Annual administration report of the Civil Veterinary Department of India - 1896-1897
Year: 1896
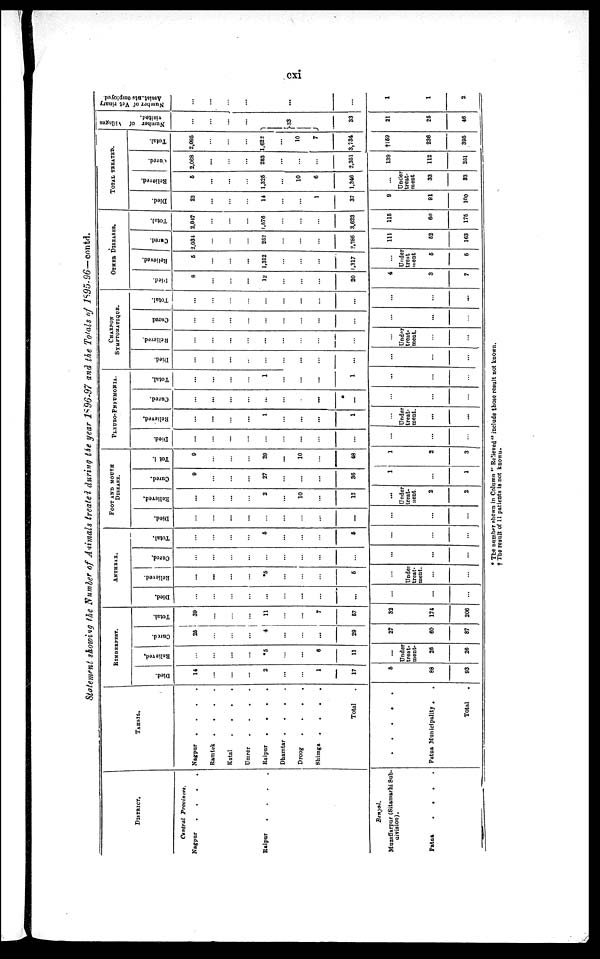
cxi
Statement showing the Number of Animals treated during the year 1896-97 and the Totals of 1895-96—contd.
DISTRICT.
Central
Provinces.
Nagpur
.
.
.
.
Raiur
.
.
.
.
Bengal.
Muzaffarpur (Sitamarhi Sub-
division).
Patna
.
.
.
.
TAHSIL.
Nagpur
.
.
. .
Bamtek . . . .
Katal . . . .
Umrer
.
.
.
.
Raipur
.
.
.
.
Dhamtar . . . .
Droog
.
.
. .
Shimga . . . .
Total .
. . . . .
Patna Municipality . .
Total .
RINDEPEST.
Died.
14
...
...
...
2
...
...
1
17
5
88
93
Believed,
...
...
...
...
*5
...
...
6
11
...
Under
treat-
ment-
26
26
Cured.
25
...
...
...
4
...
...
...
29
27
60
87
Total.
39
...
...
...
11
...
...
7
57
32
174
206
ANTHRAX.
Died.
...
...
...
...
...
...
...
...
...
...
...
...
Relieved.
...
...
...
...
*5
...
...
...
5
...
Under
treat-
ment.
...
...
Cured.
...
...
...
...
...
...
...
...
...
...
...
...
Total.
...
...
...
...
5
...
...
...
5
...
...
...
FOOT AND MOUTH
DISEASE.
Died.
...
...
...
...
...
...
...
...
...
...
...
...
Relieved.
...
...
...
...
2
...
10
...
12
...
Under
treat-
ment.
2
2
Cured.
9
...
...
...
27
...
...
...
36
1
...
1
Tota1.
9
...
...
...
29
...
10
...
48
1
2
3
PLEURO-PNFUMONIA.
Died.
...
...
...
...
...
...
...
...
...
...
...
...
Relieved.
...
...
...
...
1
...
...
...
1
...
Under
treat-
ment.
...
...
Cured.
...
...
...
...
...
...
...
...
...
...
...
...
Total.
...
...
...
...
1
...
...
...
1
...
...
...
CHARRON
SYMPTOMATIQUE.
Died.
...
...
...
...
...
...
...
...
...
...
...
...
Believed.
...
...
...
...
...
...
...
...
...
...
Under
treat-
ment.
...
...
Cured
...
...
...
...
...
...
...
...
...
...
...
...
Total.
...
...
...
...
...
...
...
...
...
...
...
...
OTHER DISEASES.
Died.
8
...
...
...
12
...
...
...
20
4
3
7
Believed.
6
...
...
...
1,312
...
...
...
1,317
...
Under
treat-
ment
5
6
Cured.
2,034
...
...
...
252
...
...
...
2,286
111
52
163
Total.
2,047
...
...
...
1,576
...
...
...
3,623
115
60
175
TOTAL TREATED.
Died.
22
...
...
...
14
...
...
1
37
9
91
100
Relieved.
6
...
...
...
1,325
...
10
6
1,346
...
Under
treat-
ment
33
33
Cured.
2,068
...
...
...
283
...
...
...
2,351
139
112
251
Total.
2,095
...
...
...
1,622
...
10
7
3,734
†159
236
395
Number of Visited.
...
...
...
...
...
33
33
21
25
46
Number of Vetrinary
Assistents employed.
...
...
...
...
...
...
1
1
2
• The number shewn in Column "Relieved" include those result not known.
† The result of 11 patients is not known.